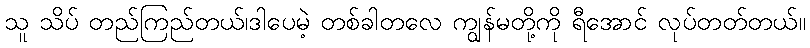
သူ သိပ် တည်ကြည်တယ်၊ဒါပေမဲ့ တစ်ခါတလေ ကျွန်မတို့ကို ရီအောင် လုပ်တတ်တယ်။